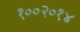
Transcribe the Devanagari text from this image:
१००२०१४